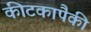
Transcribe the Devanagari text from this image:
कीटकापैकी